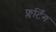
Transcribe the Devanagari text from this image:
फ्लर्टिंग